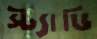
স্ট্যাডি